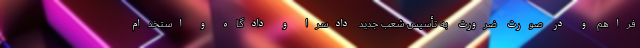
فراهم و در صورت ضرورت به تأسیس شعب جدید دادسرا و دادگاه و استخدام